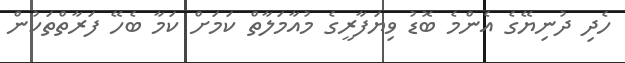
ހެދި ދުނިޔޭގެ އެންމެ ބޮޑު ވިޔަފާރީގެ މުއާމަލާތް ކަމަށް ކަމާ ބެހޭ ފަރާތްތަކުން